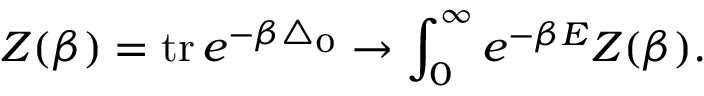
Z ( \beta ) = \mathrm { t r } \, e ^ { - \beta \triangle _ { 0 } } \rightarrow \int _ { 0 } ^ { \infty } e ^ { - \beta E } Z ( \beta ) .